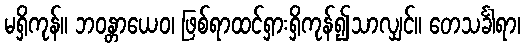
မရှိကုန်။ ဘဝန္တာယေဝ၊ ဖြစ်ရာထင်ရှားရှိကုန်၍သာလျှင်။ တေသင်္ခါရာ၊